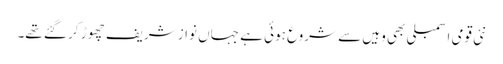
نئی قومی اسمبلی بھی وہیں سے شروع ہوئی ہے جہاں نواز شریف چھوڑ کر گئے تھے۔